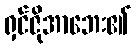
ရှင်ဇိုအာဘေး၏